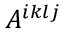
A ^ { i k l j }